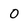
Character: 0